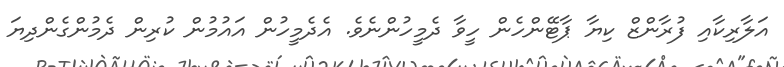
އަލާރިކާއި ފުރާންޒް ކިޔާ ޕާޓޭންހެން ހީވާ ދެމީހުންނެވެ. އެދެމީހުން އައުމުން ކުރިން ދެމުންގެންދިޔަ